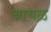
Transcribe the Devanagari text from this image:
आचळ